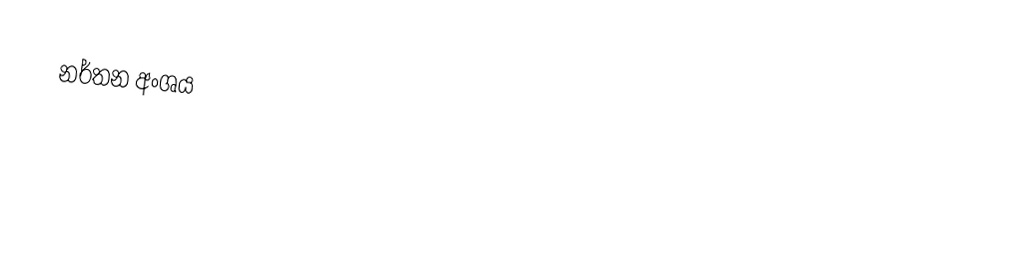
නර්තන අංශය